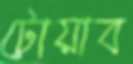
টোয়াব